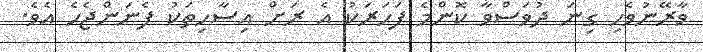
ވާރޭނުވެހި ގިނަ ދުވަސްވާ ކޮންމެ ފަހަރަކު އެ ރަށް އިސާހިތަކު ފެނަންޖެހެ އެވެ.